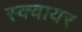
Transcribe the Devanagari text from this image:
स्‍क्‍वायर